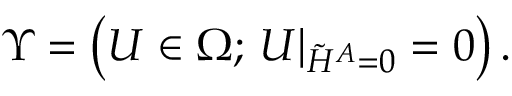
\Upsilon = \left( U \in \Omega ; \, U \vert _ { \tilde { H } ^ { A } = 0 } = 0 \right) .